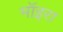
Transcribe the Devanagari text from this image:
मॉइरा